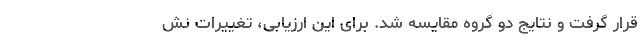
قرار گرفت و نتایج دو گروه مقایسه شد. برای این ارزیابی، تغییرات نش